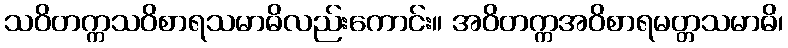
သဝိတက္ကသဝိစာရသမာဓိလည်းကောင်း။ အဝိတက္ကအဝိစာရမတ္တသမာဓိ၊